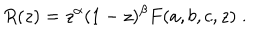
R ( z ) = z ^ { \alpha } ( 1 - z ) ^ { \beta } F ( a , b , c , z ) \; .